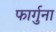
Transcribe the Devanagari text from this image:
फार्गुना